Civil Veterinary Department Bihar reports 1936-40 - 1936-1940
Year: 1936
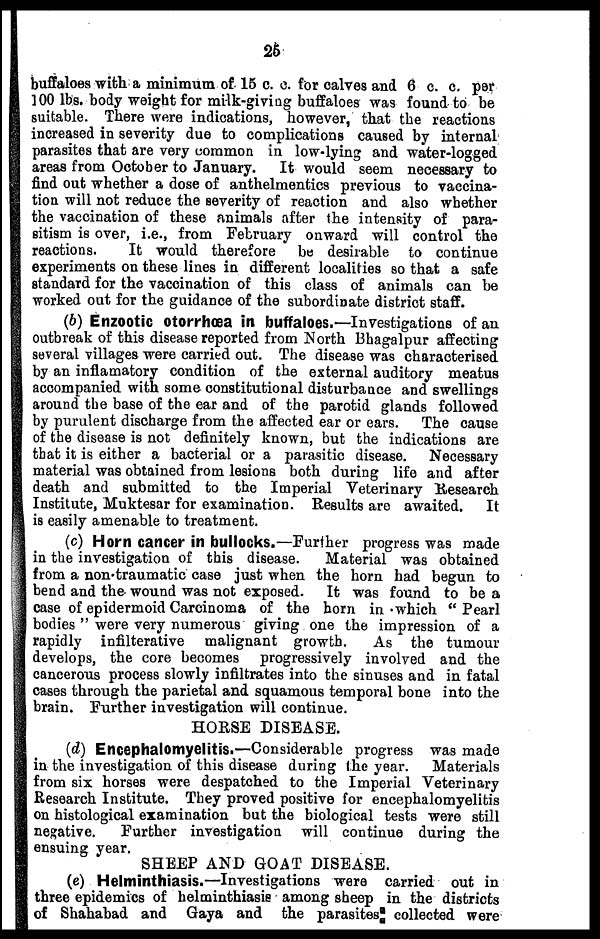
25
buffaloes with a minimum of 15 c. c. for calves and 6 c. c. per
100 lbs. body weight for milk-giving buffaloes was found to be
suitable. There were indications, however, that the reactions
increased in severity due to complications caused by internal
parasites that are very common in low-lying and water-logged
areas from October to January.
It would seem necessary to
find out whether a dose of anthelmentics previous to vaccina-
tion will not reduce the severity of reaction and also whether
the vaccination of these animals after the intensity of para-
sitism is over, i.e., from February onward will control the
reactions.
It would therefore
be desirable to continue
experiments on these lines in different localities so that a safe
standard for the vaccination of this class of animals can be
worked out for the guidance of the subordinate district staff.
(6) Enzootic otorrhœa in buffaloes.—Investigations of an
outbreak of this disease reported from North Bhagalpur affecting
several villages were carried out. The disease was characterised
by an inflamatory condition of the external auditory meatus
accompanied with some constitutional disturbance and swellings
around the base of the ear and of the parotid glands followed
by purulent discharge from the affected ear or ears. The cause
of the disease is not definitely known, but the indications are
that it is either a bacterial or a parasitic disease. Necessary
material was obtained from lesions both during life and after
death and submitted to the Imperial Veterinary Research
Institute, Muktesar for examination. Results are awaited.
It
is easily amenable to treatment.
(c) Horn cancer in bullocks.—Further progress was made
in the investigation of this disease.
Material was obtained
from a non traumatic case just when the horn had begun to
bend and the wound was not exposed. It was found to be a
case of epidermoid Carcinoma of the horn in which "Pearl
bodies" were very numerous giving one the impression of a
rapidly infilterative malignant growth.
As the tumour
develops, the core becomes progressively involved and the
cancerous process slowly infiltrates into the sinuses and in fatal
cases through the parietal and squamous temporal bone into the
brain. Further investigation will continue.
HORSE DISEASE.
(d) Encephalomyelitis.—Considerable progress was made
in the investigation of this disease during the year.
Materials
from six horses were despatched to the Imperial Veterinary
Research Institute. They proved positive for encephalomyelitis
on histological examination but the biological tests were still
negative.
Further investigation will continue during the
ensuing year.
SHEEP AND GOAT DISEASE.
(e) Helminthiasis.—Investigations were carried out in
three epidemics of helminthiasis among sheep in the districts
of Shahabad and Gaya and the parasites collected were